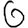
Digit: 6